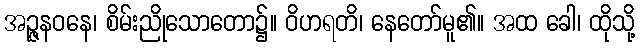
အဉ္ဇနဝနေ၊ စိမ်းညိုသောတော၌။ ဝိဟရတိ၊ နေတော်မူ၏။ အထ ခေါ၊ ထိုသို့